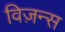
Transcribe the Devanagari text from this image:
विज़न्स